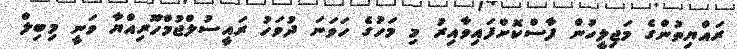
ރައްޔިތުންގެ މަޖިލީހުން ފާސްކޮށްފައިވާއިރު މި މަހުގެ ހަވަނަ ދުވަހު ރައީސުލްޖުމްހޫރިއްޔާ ވަނީ މިބިލް